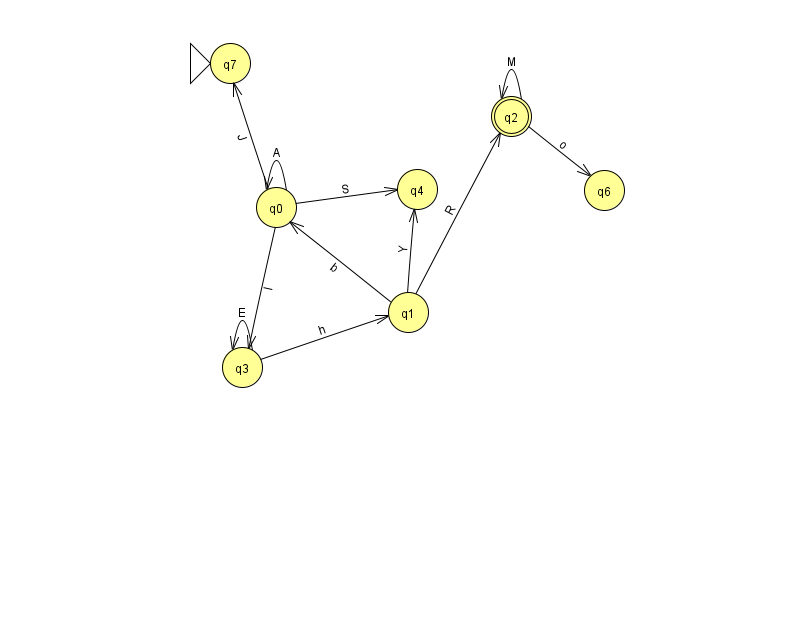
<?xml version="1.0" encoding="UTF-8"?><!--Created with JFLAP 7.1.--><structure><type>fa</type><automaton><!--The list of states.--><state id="0" name="q0"><x>276.0</x><y>194.0</y></state><state id="1" name="q1"><x>408.0</x><y>299.0</y></state><state id="2" name="q2"><x>511.0</x><y>103.0</y><final/></state><state id="3" name="q3"><x>242.0</x><y>354.0</y></state><state id="4" name="q4"><x>417.0</x><y>176.0</y></state><state id="6" name="q6"><x>604.0</x><y>177.0</y></state><state id="7" name="q7"><x>230.0</x><y>50.0</y><initial/></state><!--The list of transitions.--><transition><from>0</from><to>0</to><read>A</read></transition><transition><from>1</from><to>4</to><read>Y</read></transition><transition><from>3</from><to>3</to><read>E</read></transition><transition><from>2</from><to>6</to><read>o</read></transition><transition><from>0</from><to>3</to><read>l</read></transition><transition><from>0</from><to>4</to><read>S</read></transition><transition><from>0</from><to>7</to><read>J</read></transition><transition><from>3</from><to>1</to><read>h</read></transition><transition><from>1</from><to>0</to><read>b</read></transition><transition><from>2</from><to>2</to><read>M</read></transition><transition><from>1</from><to>2</to><read>R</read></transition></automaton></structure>